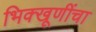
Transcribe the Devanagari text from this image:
भिक्खूणींचा